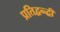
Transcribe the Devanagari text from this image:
प्रतिद्वन्द्धी